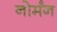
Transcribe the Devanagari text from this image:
नोर्मंन